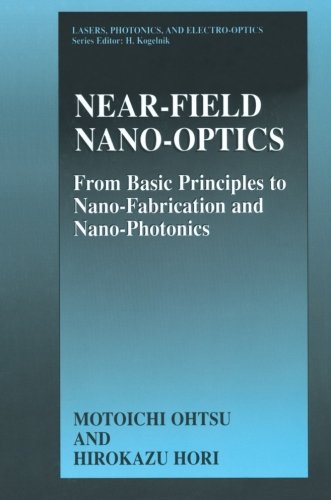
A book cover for Near-Field Nano-Optics: From Basic Principles to Nano-Fabrication and Nano-Photonics (Lasers, Photonics, and Electro-Optics); Motoichi Ohtsu; Science & Math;